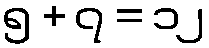
၅ + ၇ = ၁၂